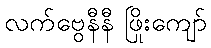
လက်ဗွေနီနီ ဖြိုးကျော်